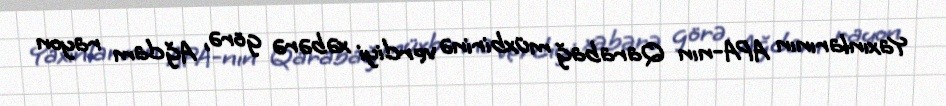
Yaxınlarının APA-nın Qarabağ müxbirinə verdiyi xəbərə görə, Ağdam rayon